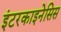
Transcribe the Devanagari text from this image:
इंटरकाइनेसिस